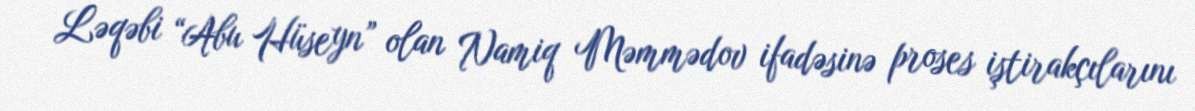
Ləqəbi “Abu Hüseyn” olan Namiq Məmmədov ifadəsinə proses iştirakçılarını